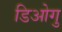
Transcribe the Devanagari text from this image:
डिओगु